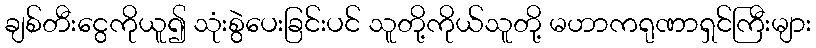
ချစ်တီးငွေကိုယူ၍ သုံးစွဲပေးခြင်းပင် သူတို့ကိုယ်သူတို့ မဟာကရုဏာရှင်ကြီးများ